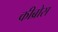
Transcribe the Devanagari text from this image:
कीब्रोस